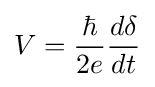
V={\frac {\hbar }{2e}}{\frac {d\delta }{dt}}